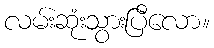
လမ်းဆုံးသွားပြီလော။